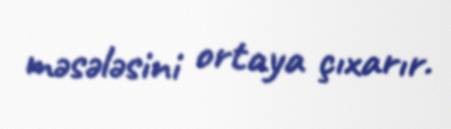
məsələsini ortaya çıxarır.